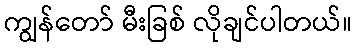
ကျွန်တော် မီးခြစ် လိုချင်ပါတယ်။